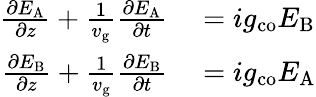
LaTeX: \begin{array}{rl}{\frac{\partial E_{\mathrm{A}}}{\partial z}+\frac{1}{v_{\mathrm{g}}}\frac{\partial E_{\mathrm{A}}}{\partial t}}&{{}=ig_{\mathrm{co}}E_{\mathrm{B}}}\\ {\frac{\partial E_{\mathrm{B}}}{\partial z}+\frac{1}{v_{\mathrm{g}}}\frac{\partial E_{\mathrm{B}}}{\partial t}}&{{}=ig_{\mathrm{co}}E_{\mathrm{A}}}\end{array}